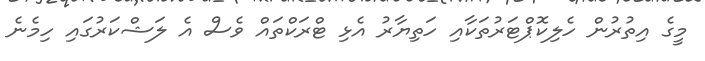
މީގެ އިތުރުން ހެލިކޮޕްޓަރުތަކާއި ހަތިޔާރު އެޅި ޓްރަކްތައް ވެސް އެ ލަޝްކަރުގައި ހިމެނެ